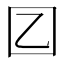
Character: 𡆠